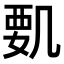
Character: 𠙞